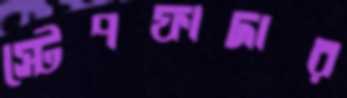
স্টেপফাদার